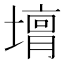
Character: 𡐴